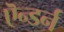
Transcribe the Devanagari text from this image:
ऎन्डर्न